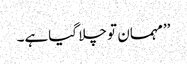
’’مہمان تو چلا گیاہے۔